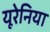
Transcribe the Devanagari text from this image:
यूरेनिया